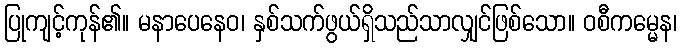
ပြုကျင့်ကုန်၏။ မနာပေနေဝ၊ နှစ်သက်ဖွယ်ရှိသည်သာလျှင်ဖြစ်သော။ ဝစီကမ္မေန၊